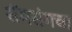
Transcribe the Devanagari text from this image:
सॅमसंगचा